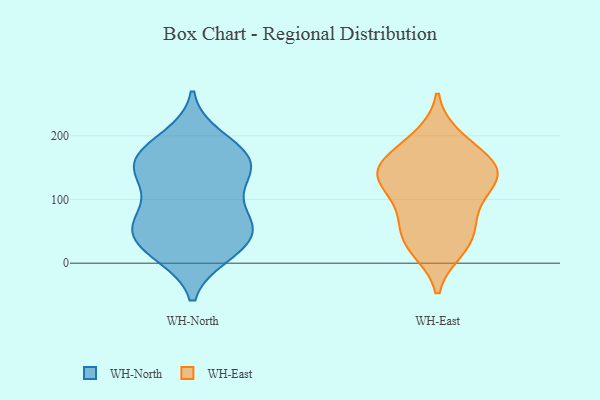
{"axis": {"x": "Website Visitors", "y": "Value"}, "legend": ["WH-East", "WH-North"], "data": [{"x": "", "y": 56, "type": "WH-North"}, {"x": "", "y": 197, "type": "WH-North"}, {"x": "", "y": 14, "type": "WH-North"}, {"x": "", "y": 37, "type": "WH-North"}, {"x": "", "y": 58, "type": "WH-North"}, {"x": "", "y": 21, "type": "WH-North"}, {"x": "", "y": 182, "type": "WH-North"}, {"x": "", "y": 16, "type": "WH-North"}, {"x": "", "y": 64, "type": "WH-North"}, {"x": "", "y": 54, "type": "WH-North"}, {"x": "", "y": 143, "type": "WH-North"}, {"x": "", "y": 143, "type": "WH-North"}, {"x": "", "y": 166, "type": "WH-North"}, {"x": "", "y": 165, "type": "WH-North"}, {"x": "", "y": 170, "type": "WH-North"}, {"x": "", "y": 95, "type": "WH-North"}, {"x": "", "y": 70, "type": "WH-North"}, {"x": "", "y": 130, "type": "WH-North"}, {"x": "", "y": 138, "type": "WH-North"}, {"x": "", "y": 129, "type": "WH-East"}, {"x": "", "y": 133, "type": "WH-East"}, {"x": "", "y": 199, "type": "WH-East"}, {"x": "", "y": 150, "type": "WH-East"}, {"x": "", "y": 192, "type": "WH-East"}, {"x": "", "y": 133, "type": "WH-East"}, {"x": "", "y": 113, "type": "WH-East"}, {"x": "", "y": 21, "type": "WH-East"}, {"x": "", "y": 163, "type": "WH-East"}, {"x": "", "y": 81, "type": "WH-East"}, {"x": "", "y": 156, "type": "WH-East"}, {"x": "", "y": 91, "type": "WH-East"}, {"x": "", "y": 35, "type": "WH-East"}, {"x": "", "y": 20, "type": "WH-East"}, {"x": "", "y": 139, "type": "WH-East"}, {"x": "", "y": 54, "type": "WH-East"}, {"x": "", "y": 156, "type": "WH-East"}, {"x": "", "y": 57, "type": "WH-East"}]}